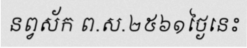
នព្វស័ក ព.ស.២៥៦១ថ្ងៃនេះ